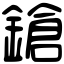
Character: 鎗